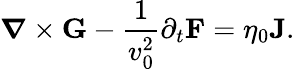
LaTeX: \boldsymbol{\nabla}\times\mathbf{G}-\frac{1}{v_{0}^{2}}\partial_{t}\mathbf{F}=\eta_{0}\mathbf{J}.